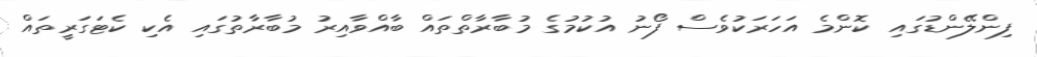
ފިންލޭންޑުގައި ކޮންމެ އަހަރަކުވެސް ފޯނު އުކުމުގެ މުބާރާތްތައް ބާއްވާއިރު މުބާރާތުގައި އެކި ކެޓަގަރީތައް